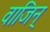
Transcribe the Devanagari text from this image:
वाजिन्